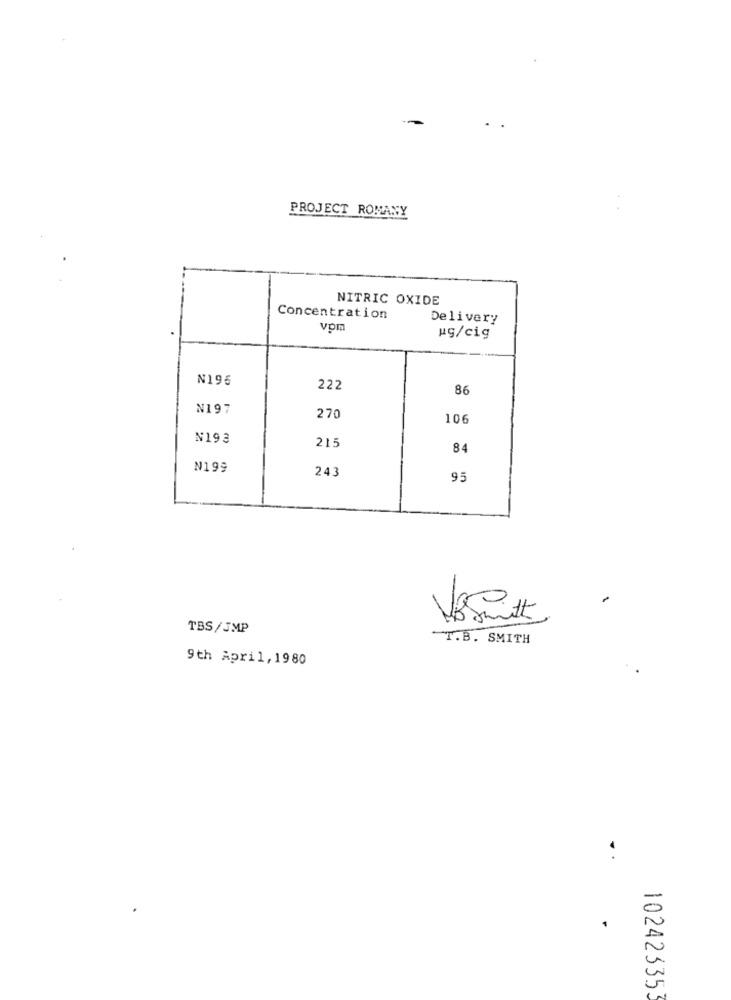
PROJECT ROMANY
NITRIC OXIDE
Concentration
Delivery
ug/cig
N196
222
86
No197
270
106
N193
215
84
N199
243
95
Vosmitt
TBS/JMP
-T.B. SMITH
9th April, 1980
102423353